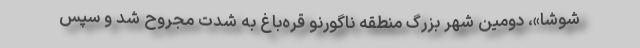
شوشا»، دومین شهر بزرگ منطقه ناگورنو قره‌باغ به شدت مجروح شد و سپس